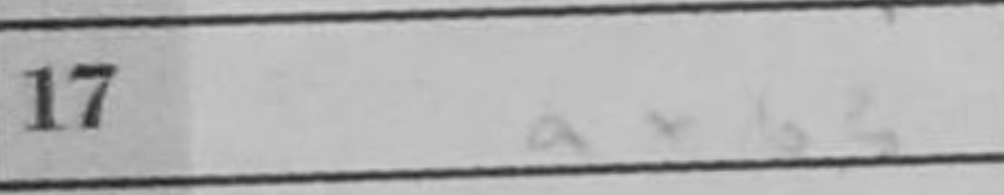
Transcription: axb3